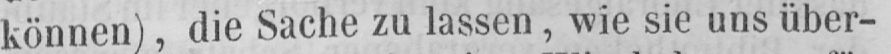
können), die Sache zu lassen, wie sie uns über-